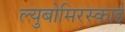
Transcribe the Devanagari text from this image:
ल्युबोमिरस्काई